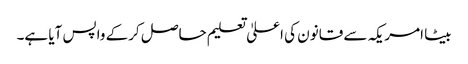
بیٹا امریکہ سے قانون کی اعلیٰ تعلیم حاصل کرکے واپس آیا ہے۔